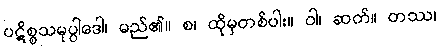
ပဋိစ္စသမုပ္ပါဒေါ၊ မည်၏။ စ၊ ထိုမှတစ်ပါး။ ဝါ၊ ဆက်။ တဿ၊